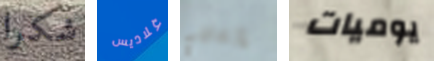
شكرا غلاديس إزعاجي يوميات